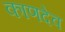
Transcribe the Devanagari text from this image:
काणदेव